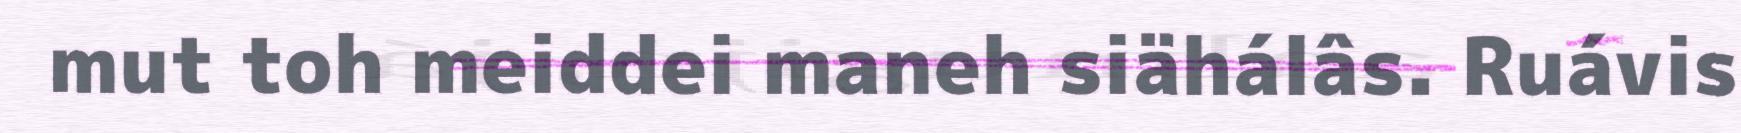
mut toh meiddei maneh siähálâs. Ruávis